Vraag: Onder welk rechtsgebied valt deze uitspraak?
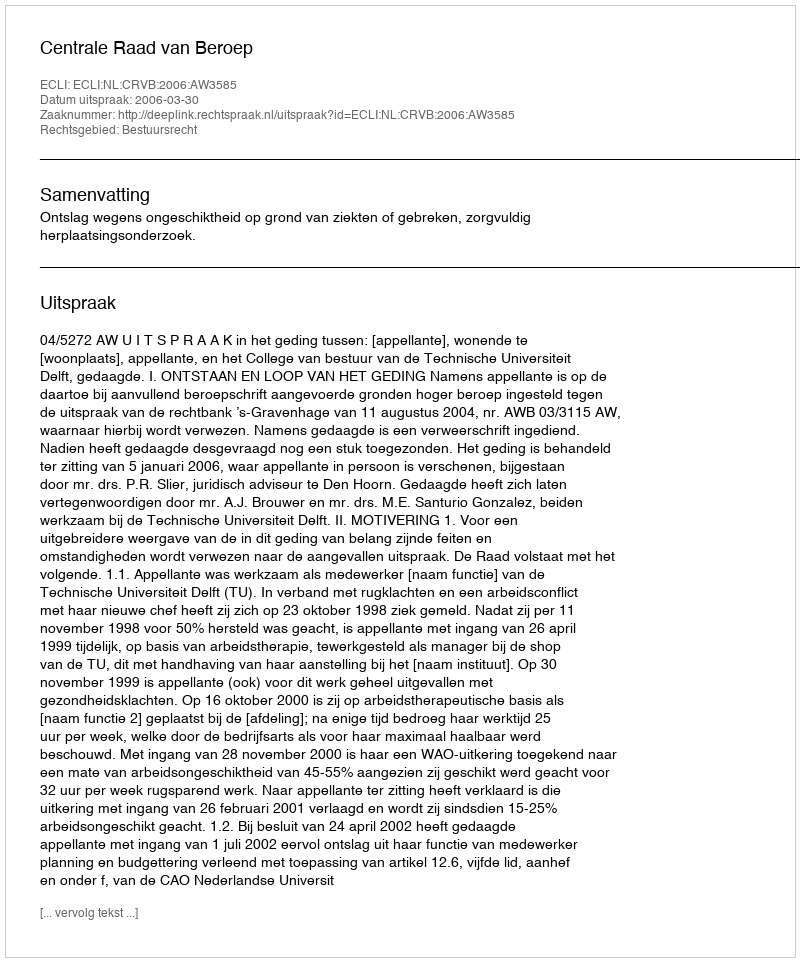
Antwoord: Bestuursrecht